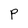
Character: P